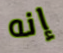
إنه